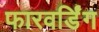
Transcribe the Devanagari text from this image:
फारवर्डिंग